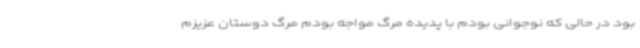
بود در حالی که نوجوانی بودم با پدیده مرگ مواجه بودم مرگ دوستان عزیزم